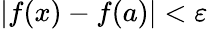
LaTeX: |f(x)-f(a)|<\varepsilon